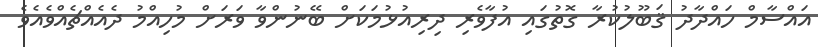
އައްސާމް ހައްދާދު ޤަބޫލުކުރާ ގޮތުގައި އުފާވެރި ދިރިއުޅުމަކަށް ބޭނުންވާ ވަރަށް މުހިއްމު ދެއެއްޗެއްވެއެވެ